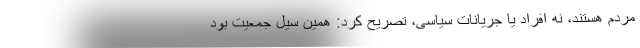
مردم هستند، نه افراد یا جریانات سیاسی، تصریح کرد: همین سیل جمعیت بود